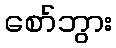
စော်ဘွား